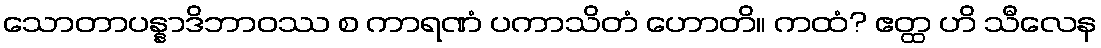
သောတာပန္နာဒိဘာဝဿ စ ကာရဏံ ပကာသိတံ ဟောတိ။ ကထံ? ဧတ္ထ ဟိ သီလေန